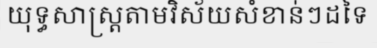
យុទ្ធសាស្ត្រតាមវិស័យសំខាន់ៗដទៃ